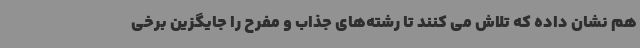
هم نشان داده که تلاش می کنند تا رشته‌های جذاب و مفرح را جایگزین برخی